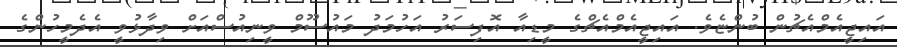
އައިޖީއެމްއެޗުން ބުންޏެވެ. އައިޖީއެމްއެޗްގެ މީޑިއާ އޮފިސަރު އަހުމަދު މައުސޫމް ވީނިއުސްއަށް ވިދާޅުވީ އެދެމީހުންގެ